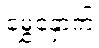
မွှေနှောက်